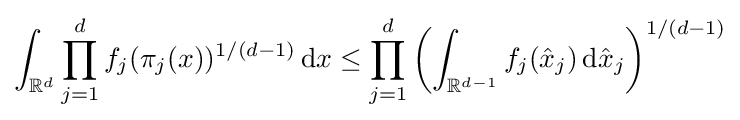
\int _{\mathbb {R} ^{d}}\prod _{j=1}^{d}f_{j}(\pi _{j}(x))^{1/(d-1)}\,\mathrm {d} x\leq \prod _{j=1}^{d}\left(\int _{\mathbb {R} ^{d-1}}f_{j}({\hat {x}}_{j})\,\mathrm {d} {\hat {x}}_{j}\right)^{1/(d-1)}